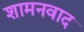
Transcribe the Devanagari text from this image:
शामनवाद